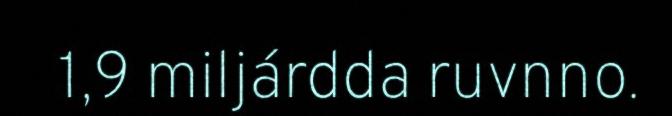
1,9 miljárdda ruvnno.